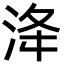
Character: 洚